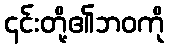
၎င်းတို့၏ဘဝကို